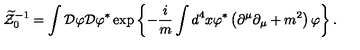
\widetilde { { \cal Z } } _ { 0 } ^ { - 1 } = \int { \cal D } \varphi { \cal D } \varphi ^ { \ast } \exp \left\{ - \frac { i } { m } \int d ^ { 4 } x \varphi ^ { \ast } \left( \partial ^ { \mu } \partial _ { \mu } + m ^ { 2 } \right) \varphi \right\} .